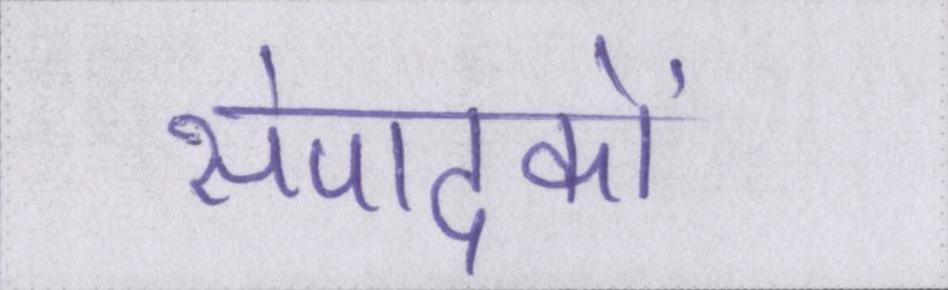
संपादकों